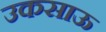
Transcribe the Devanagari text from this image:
उकसाऊ